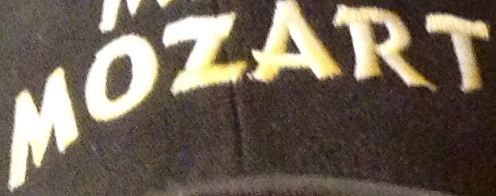
MOZART